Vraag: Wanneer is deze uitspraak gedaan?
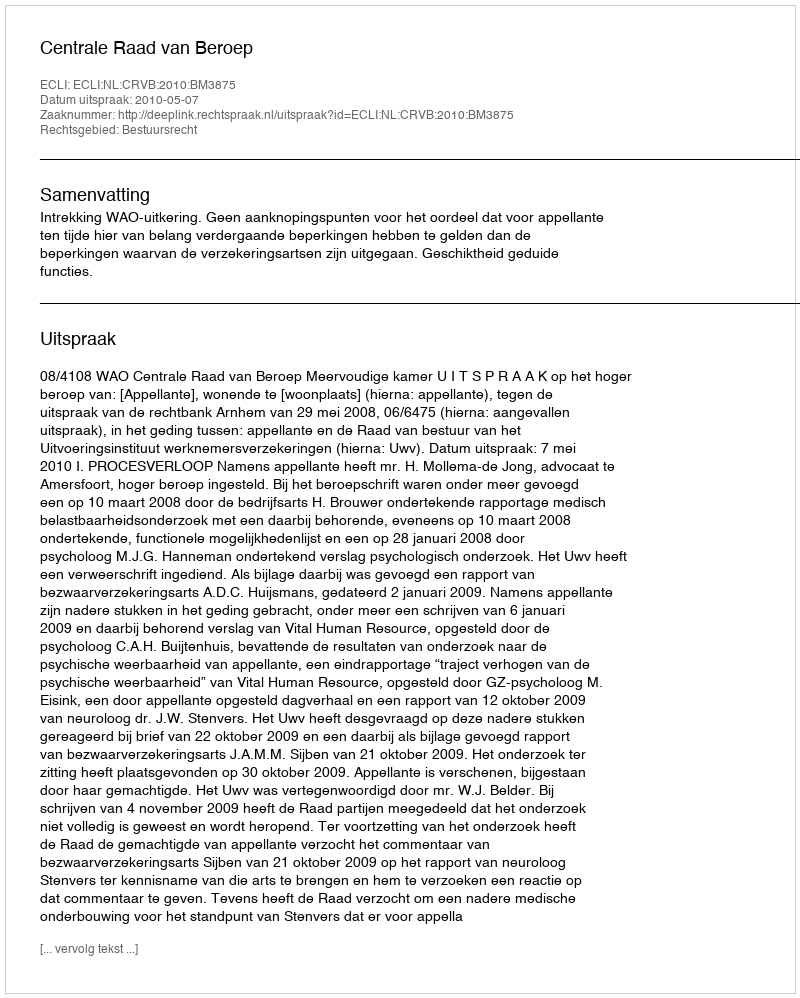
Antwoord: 2010-05-07